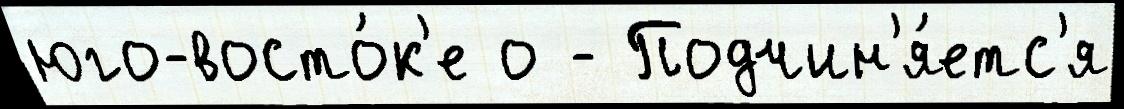
юго-восто́к'е о - Подчин'я́етс'я